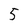
Character: 5